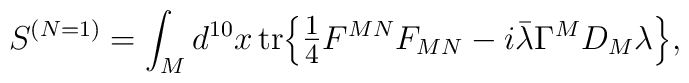
S^{(N = 1)} = \int_M d^{10}x\, {\rm tr} \Bigr\{\hbox{\large$\frac{1}{4}$} F^{MN} F_{MN} -i \bar{\lambda} \Gamma^M D_M \lambda \Bigr\},